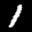
Label: 1